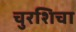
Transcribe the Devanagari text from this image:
चुरशिचा